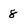
Character: 8